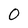
Character: 0